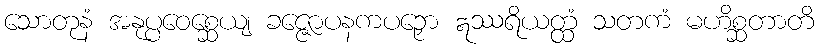
သောတုနံ အနုပ္ပဝေစ္ဆေယျ ခဇ္ဇောပနကပဉှော ဣဿရိယတ္ထံ သတကံ မဟိစ္ဆတာတိ